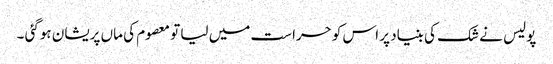
پولیس نے شک کی بنیاد پر اس کو حراست میں لیا تو معصوم کی ماں پریشان ہوگئی ۔